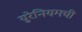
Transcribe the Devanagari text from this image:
युरेनियमची